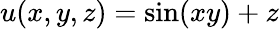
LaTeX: u(x,y,z)=\sin(xy)+z